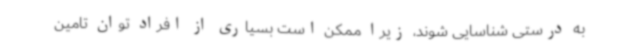
به‌ درستی شناسایی شوند، زیرا ممکن است بسیاری از افراد توان تامین